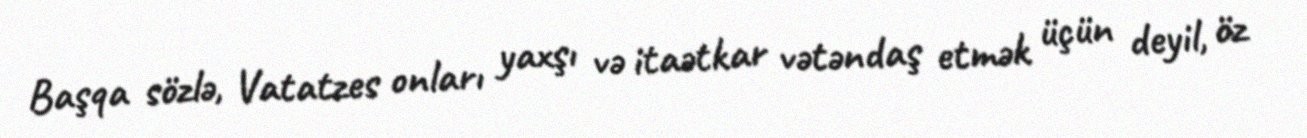
Başqa sözlə, Vatatzes onları yaxşı və itaətkar vətəndaş etmək üçün deyil, öz